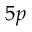
5 p